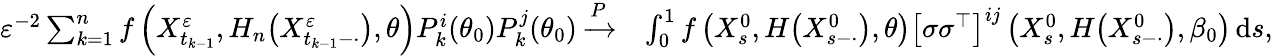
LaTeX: \begin{array}{rl}{\varepsilon^{-2}\sum_{k=1}^{n}f\left(X_{t_{k-1}}^{\varepsilon},H_{n}\big(X_{t_{k-1}-\cdot}^{\varepsilon}\big),\theta\right)P_{k}^{i}(\theta_{0})P_{k}^{j}(\theta_{0})\xrightarrow{P}}&{\int_{0}^{1}f\left(X_{s}^{0},H\big(X_{s-\cdot}^{0}\big),\theta\right)\left[\sigma\sigma^{\top}\right]^{ij}\left(X_{s}^{0},H\big(X_{s-\cdot}^{0}\big),\beta_{0}\right)\, \mathrm{d}s,}\end{array}